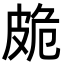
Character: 𭽩